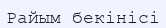
Райым бекінісі